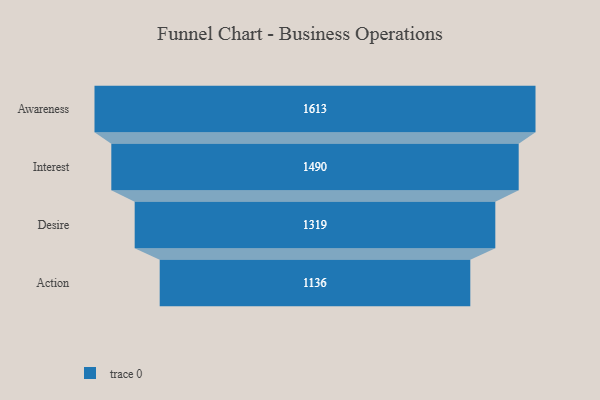
{"axis": {"x": "Stage", "y": "Value"}, "legend": [""], "data": [{"x": "Awareness", "y": 1613.0, "type": ""}, {"x": "Interest", "y": 1490.0, "type": ""}, {"x": "Desire", "y": 1319.0, "type": ""}, {"x": "Action", "y": 1136.0, "type": ""}]}